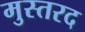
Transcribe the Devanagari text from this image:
मुस्तरद